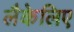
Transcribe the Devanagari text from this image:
लैकेलिए